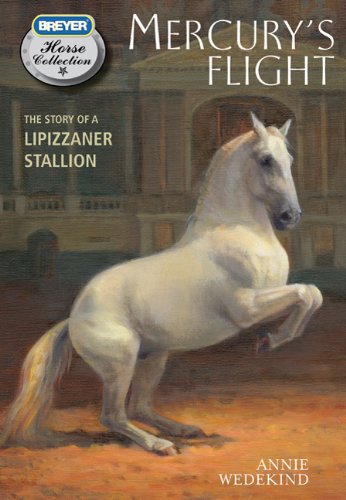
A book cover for Mercury's Flight: The Story of a Lipizzaner Stallion (Breyer Horse Collection); Annie Wedekind; Children's Books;